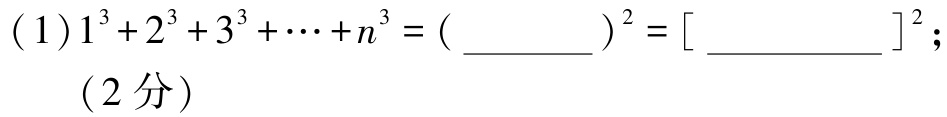
(1)$1^{3}+2^{3}+3^{3}+\cdots +n^{3}=(\underline{\qquad\qquad})^{2}=[\underline{\qquad\qquad}]^{2}$; （2分）